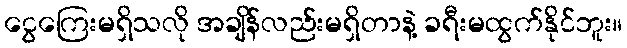
ငွေကြေးမရှိသလို အချိန်လည်းမရှိတာနဲ့ ခရီးမထွက်နိုင်ဘူး။